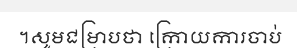
។សូមជម្រាបថា ក្រោយការចាប់